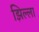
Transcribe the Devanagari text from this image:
झिल्ला